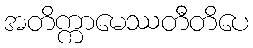
အတိက္ကာမေဿတီတိပေ